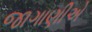
જાગાણીએ